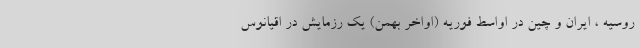
روسیه ، ایران و چین در اواسط فوریه (اواخر بهمن) یک رزمایش در اقیانوس